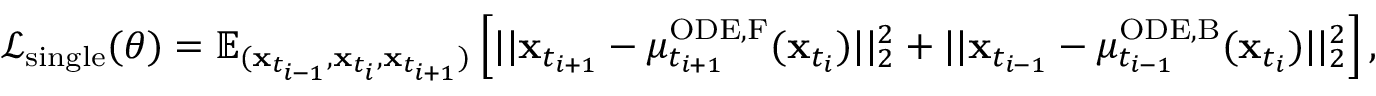
\begin{array} { r } { \mathcal { L } _ { \mathrm { s i n g l e } } ( \theta ) = \mathbb { E } _ { ( \mathbf { x } _ { t _ { i - 1 } } , \mathbf { x } _ { t _ { i } } , \mathbf { x } _ { t _ { i + 1 } } ) } \left[ | | \mathbf { x } _ { t _ { i + 1 } } - \mu _ { t _ { i + 1 } } ^ { \mathrm { O D E , F } } ( \mathbf { x } _ { t _ { i } } ) | | _ { 2 } ^ { 2 } + | | \mathbf { x } _ { t _ { i - 1 } } - \mu _ { t _ { i - 1 } } ^ { \mathrm { O D E , B } } ( \mathbf { x } _ { t _ { i } } ) | | _ { 2 } ^ { 2 } \right] , } \end{array}